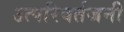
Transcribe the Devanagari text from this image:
उत्परिवर्तजनी